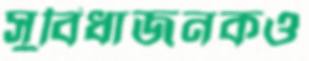
সুবিধাজনকও